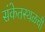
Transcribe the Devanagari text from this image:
संकेतस्थळची